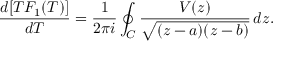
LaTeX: \frac { d [ T F _ { 1 } ( T ) ] } { d T } = \frac { 1 } { 2 \pi i } \oint _ { C } \frac { V ( z ) } { \sqrt { ( z - a ) ( z - b ) } } \, d z .